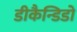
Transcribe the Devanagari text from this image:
डीकैन्डिडो